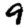
Digit: 9